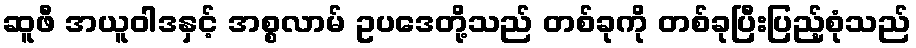
ဆူဖီ အယူဝါဒနှင့် အစ္စလာမ် ဥပဒေတို့သည် တစ်ခုကို တစ်ခုပြီးပြည့်စုံသည်